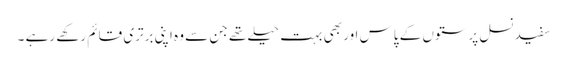
سفید نسل پرستوں کے پاس اور بھی بہت حیلے تھے جن سے وہ اپنی برتری قائم رکھے رہے ۔